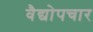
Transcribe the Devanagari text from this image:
वैद्योपचार